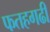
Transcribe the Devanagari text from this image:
फतहगढी